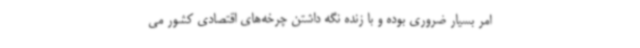
امر بسیار ضروری بوده و با زنده نگه داشتن چرخه‌های اقتصادی کشور می